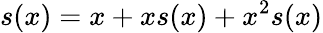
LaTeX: s(x)=x+xs(x)+x^{2}s(x)